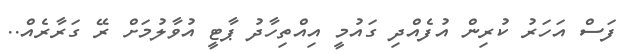
ފަސް އަހަރު ކުރިން އުފެއްދި ގައުމީ އިއްތިހާދު ޕާޓީ އުވާލުމަށް ރޭ ގަރާރެއް..